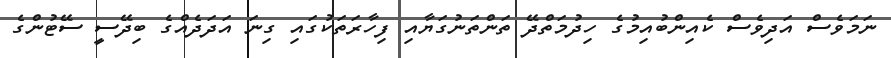
ނަމަވެސް އަދިވެސް ކެއިންބުއިމުގެ ހިދުމަތްދޭ ތަންތަނުގަޔާއި ފިހާރަތަކުގައި ގިނަ އަދަދެއްގެ ބިދޭސީ ސޭޓުންގެ